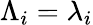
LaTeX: \Lambda_{i}=\lambda_{i}